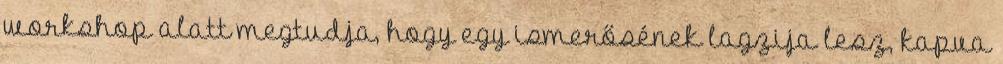
workshop alatt megtudja, hogy egy ismerősének lagzija lesz, kapva